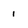
Character: 1